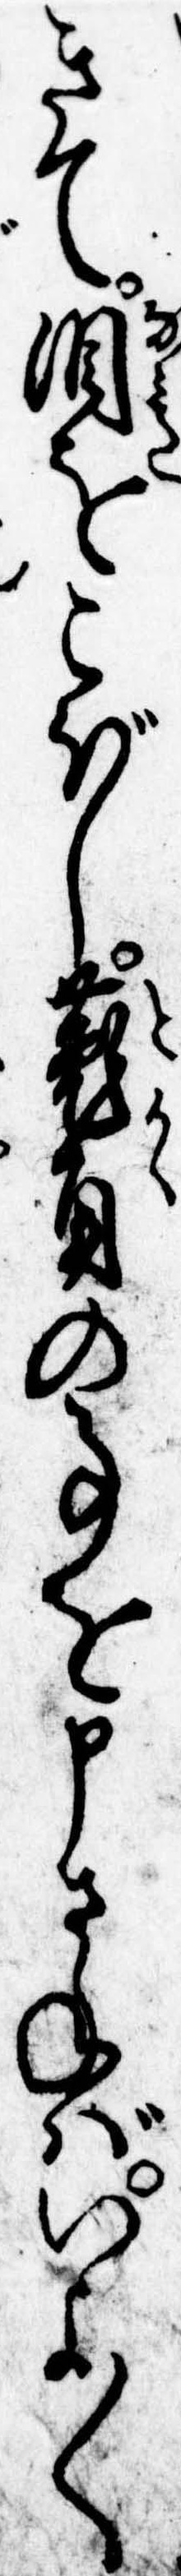
きて涙をこぼし菟角の事を申さねばいよ〱